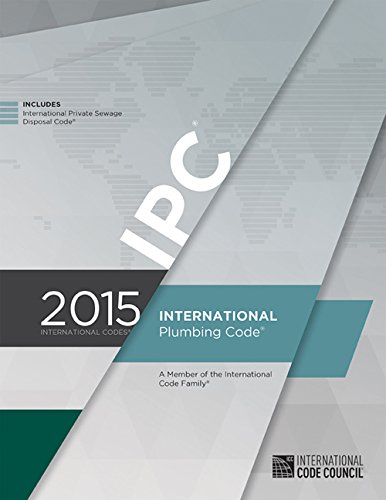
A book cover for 2015 International Plumbing Code (Includes IPSDC); International Code Council; Engineering & Transportation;